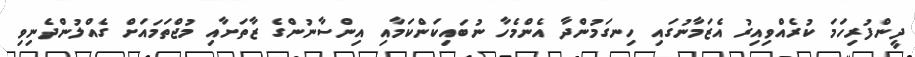
ދީންފުރިހަމަ ކުރެއްވިއިރު އެޒަމާނުގައި ހިނގަމުންދާ އެންމެހާ ނުބައިކަންކަމާއި އިންސާނުންގެ ޒާތަށާއި މުޖްތަމައަށް ގެއްލުންދެނިވި